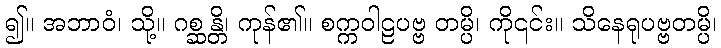
၍။ အဘာဝံ၊ သို့။ ဂစ္ဆန္တိ၊ ကုန်၏။ စက္ကဝါဠပဗ္ဗ တမ္ပိ၊ ကို၎င်း။ သိနေရုပဗ္ဗတမ္ပိ၊